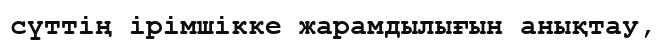
сүттің ірімшікке жарамдылығын анықтау,